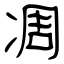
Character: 凋